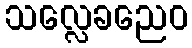
သလ္လေခညေဝ